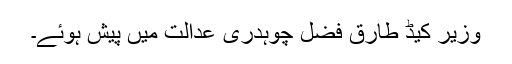
وزیر کیڈ طارق فضل چوہدری عدالت میں پیش ہوئے۔